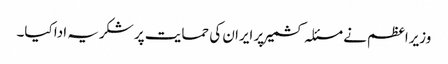
وزیراعظم نے مسئلہ کشمیر پر ایران کی حمایت پر شکریہ ادا کیا۔